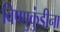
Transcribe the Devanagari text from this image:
विष्णुकुंडीना